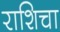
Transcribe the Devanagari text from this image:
राशिचा